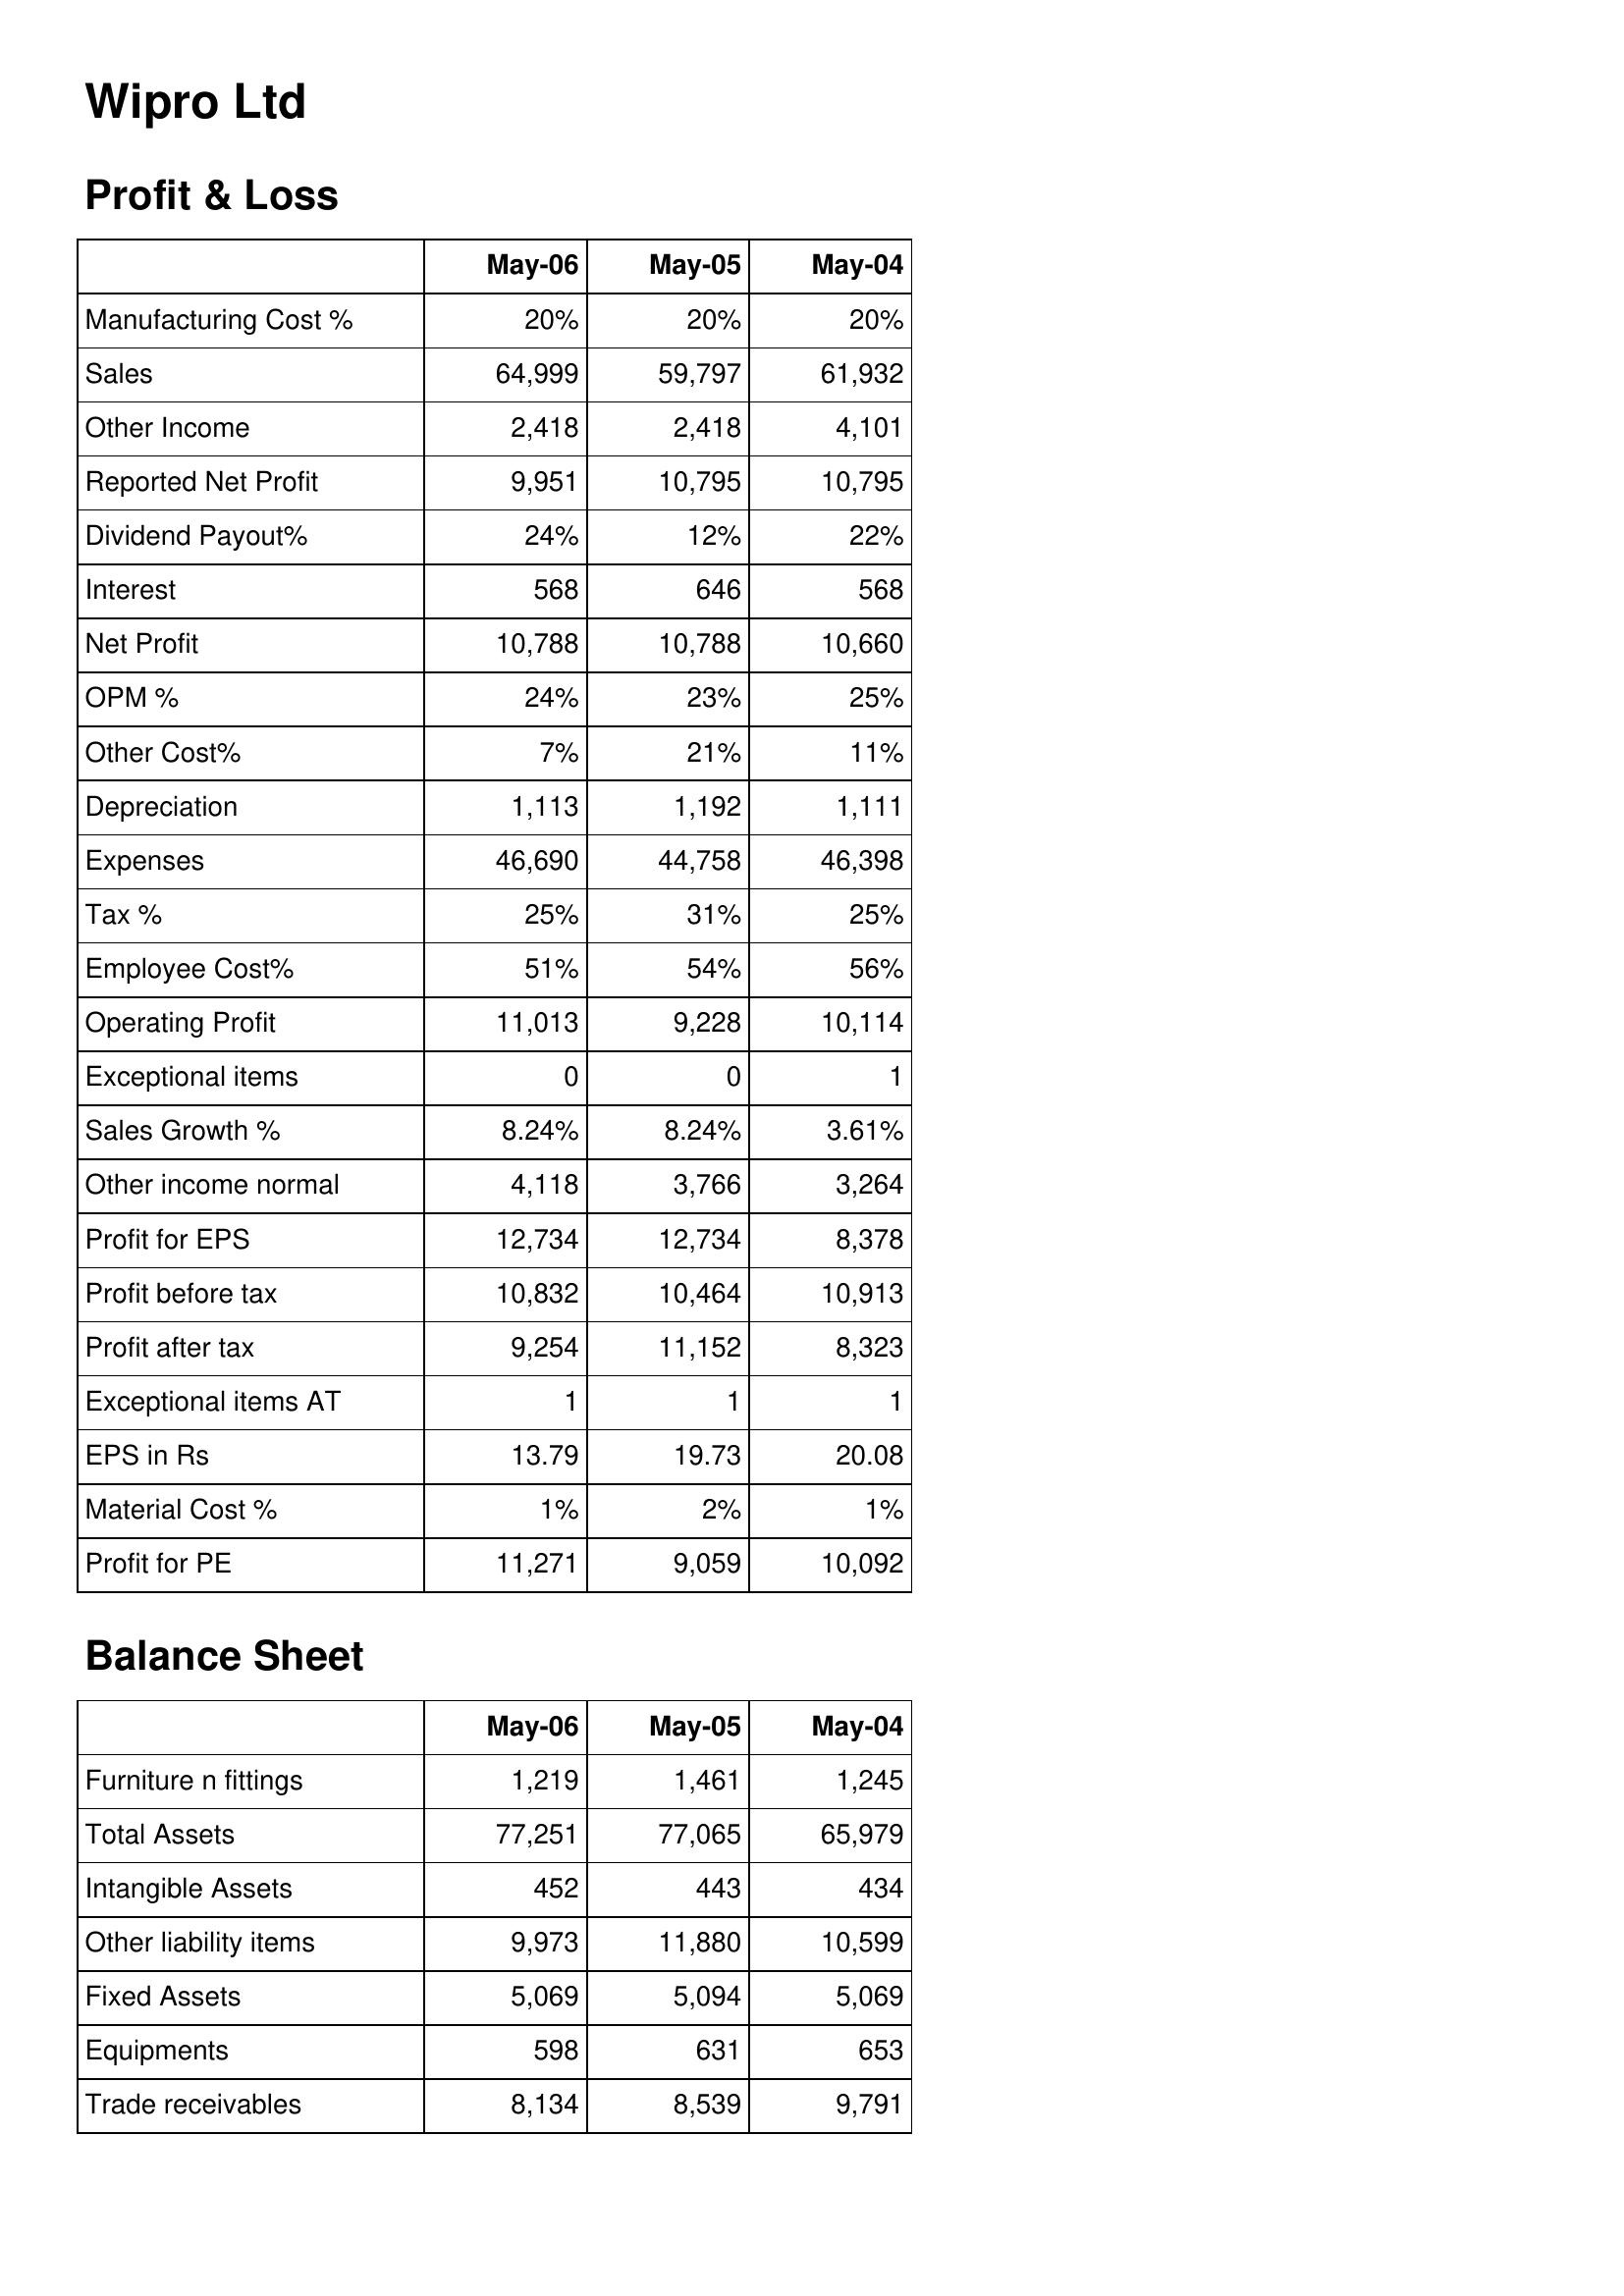
May-06: Profit & Loss: Manufacturing Cost %: 20%
Sales: 64,999
Other Income: 2,418
Reported Net Profit: 9,951
Dividend Payout%: 24%
Interest: 568
Net Profit: 10,788
OPM %: 24%
Other Cost%: 7%
Depreciation: 1,113
Expenses: 46,690
Tax %: 25%
Employee Cost%: 51%
Operating Profit: 11,013
Exceptional items: 0
Sales Growth %: 8.24%
Other income normal: 4,118
Profit for EPS: 12,734
Profit before tax: 10,832
Profit after tax: 9,254
Exceptional items AT: 1
EPS in Rs: 13.79
Material Cost %: 1%
Profit for PE: 11,271
Balance Sheet: Furniture n fittings: 1,219
Total Assets: 77,251
Intangible Assets: 452
Other liability items: 9,973
Fixed Assets: 5,069
Equipments: 598
Trade receivables: 8,134
May-05: Profit & Loss: Manufacturing Cost %: 20%
Sales: 59,797
Other Income: 2,418
Reported Net Profit: 10,795
Dividend Payout%: 12%
Interest: 646
Net Profit: 10,788
OPM %: 23%
Other Cost%: 21%
Depreciation: 1,192
Expenses: 44,758
Tax %: 31%
Employee Cost%: 54%
Operating Profit: 9,228
Exceptional items: 0
Sales Growth %: 8.24%
Other income normal: 3,766
Profit for EPS: 12,734
Profit before tax: 10,464
Profit after tax: 11,152
Exceptional items AT: 1
EPS in Rs: 19.73
Material Cost %: 2%
Profit for PE: 9,059
Balance Sheet: Furniture n fittings: 1,461
Total Assets: 77,065
Intangible Assets: 443
Other liability items: 11,880
Fixed Assets: 5,094
Equipments: 631
Trade receivables: 8,539
May-04: Profit & Loss: Manufacturing Cost %: 20%
Sales: 61,932
Other Income: 4,101
Reported Net Profit: 10,795
Dividend Payout%: 22%
Interest: 568
Net Profit: 10,660
OPM %: 25%
Other Cost%: 11%
Depreciation: 1,111
Expenses: 46,398
Tax %: 25%
Employee Cost%: 56%
Operating Profit: 10,114
Exceptional items: 1
Sales Growth %: 3.61%
Other income normal: 3,264
Profit for EPS: 8,378
Profit before tax: 10,913
Profit after tax: 8,323
Exceptional items AT: 1
EPS in Rs: 20.08
Material Cost %: 1%
Profit for PE: 10,092
Balance Sheet: Furniture n fittings: 1,245
Total Assets: 65,979
Intangible Assets: 434
Other liability items: 10,599
Fixed Assets: 5,069
Equipments: 653
Trade receivables: 9,791